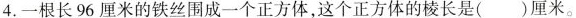
4.一根长96厘米的铁丝围成一个正方体，这个正方体的棱长是()厘米。